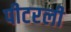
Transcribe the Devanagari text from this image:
पीटरली